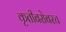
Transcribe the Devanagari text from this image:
कृतीबरोबरच